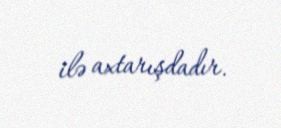
ilə axtarışdadır.